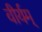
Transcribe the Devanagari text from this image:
वीर्यम्